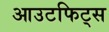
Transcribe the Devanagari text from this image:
आउटफिट्स